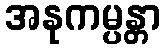
အနုကမ္ပန္တာ